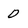
Character: D